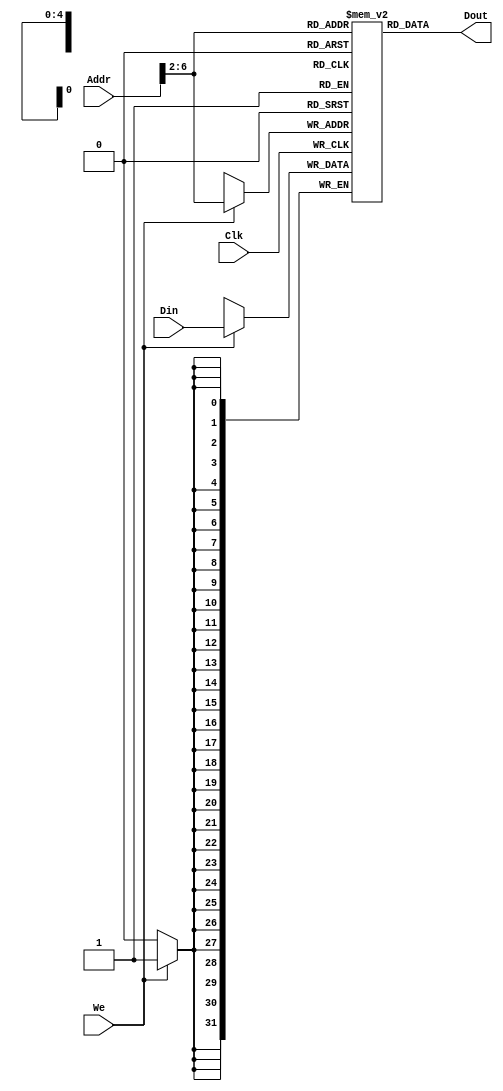
`timescale 1ns / 1ps

// Data memory.
module DATAMEM(Addr, Din, Clk, We, Dout);
    input [31:0] Addr,Din;
    input Clk, We;
    output [31:0]Dout;

    reg [31:0] Ram[0:31];
    assign Dout = Ram[Addr[6:2]];

    always @ (posedge Clk) begin
        if (We)
            Ram[Addr[6:2]] <= Din;
    end

    integer i;
    initial begin
        for (i = 0; i < 32; i = i + 1)
            Ram[i] = 0;
    end

endmodule